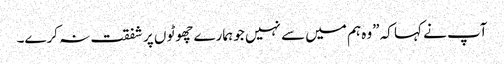
آپ نے کہا کہ ”وہ ہم میں سے نہیں جو ہمارے چھوٹو ں پر شفقت نہ کرے۔